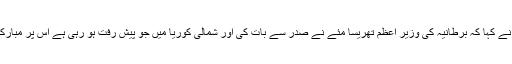
داروچ نے کہا کہ برطانیہ کی وزیر اعظم تھریسا مئے نے صدر سے بات کی اور شمالی کوریا میں جو پیش رفت ہو رہی ہے اس پر مبارکباد دی۔